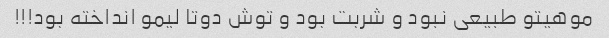
موهیتو طبیعی نبود و شربت بود و توش دوتا لیمو انداخته بود!!!